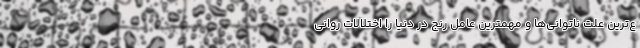
ع‌ترین علت ناتوانی‌ها و مهمترین عامل رنج در دنیا را اختلالات روانی